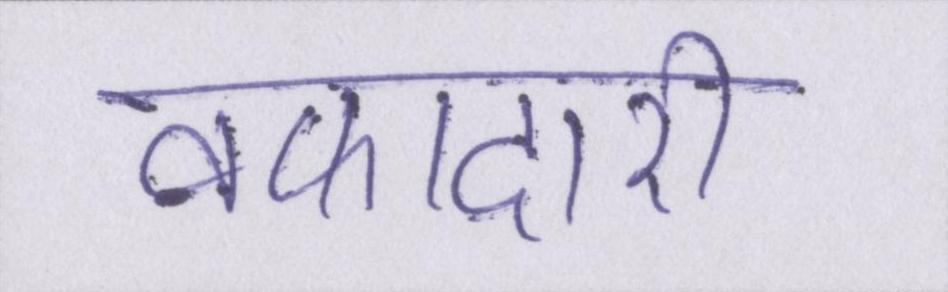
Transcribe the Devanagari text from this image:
वफादारी